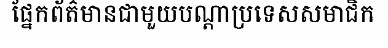
ផ្នែកព័ត៌មានជាមួយបណ្តាប្រទេសសមាជិក